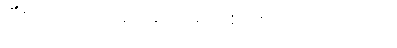
ပြီးတော့ သူ့ကိုပြန်၍ မျက်စပစ်ပြလိုက်သည်။